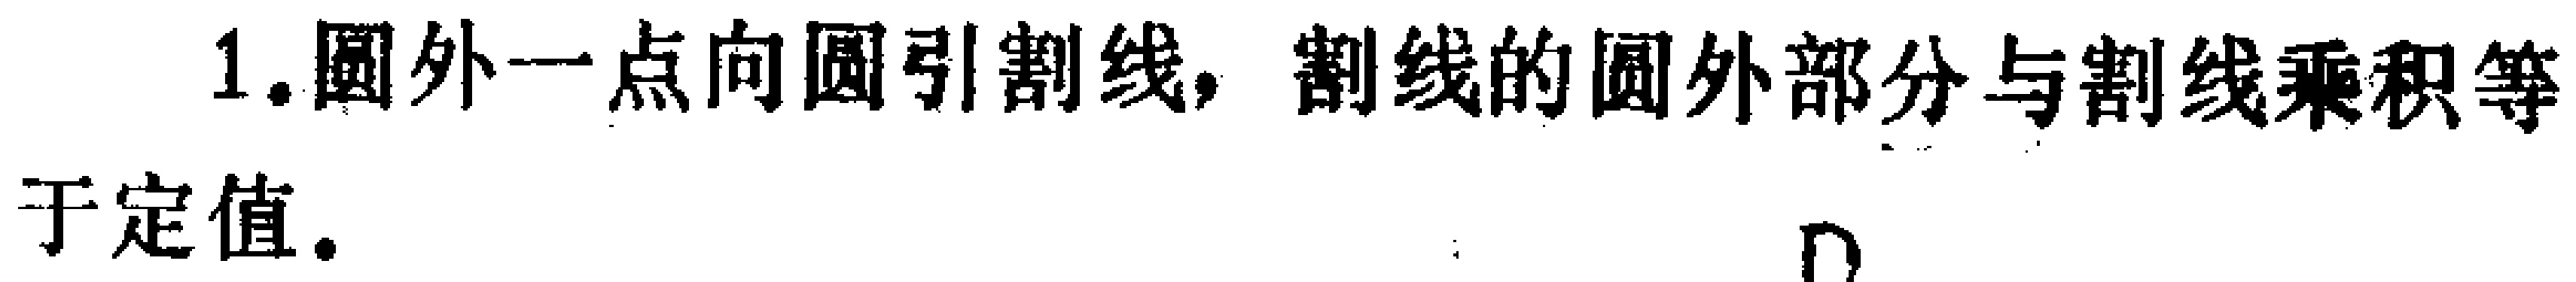
1.圆外一点向圆引割线，割线的圆外部分与割线乘积等于定值.